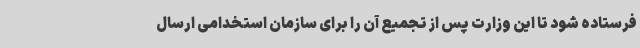
فرستاده شود تا این وزارت پس از تجمیع آن را برای سازمان استخدامی ارسال